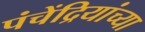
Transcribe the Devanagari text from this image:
पंचेंद्रियांच्या